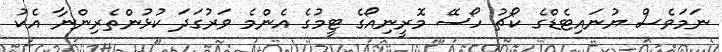
ނަމަވެސް ޔުނައިޓެޑްގެ ކޯޗު ހޯސޭ މޮރީނިއޯގެ ޓީމުގެ އެންމެ ވަރުގަަދަ ކުޅުންތެރިންނާ އެކު